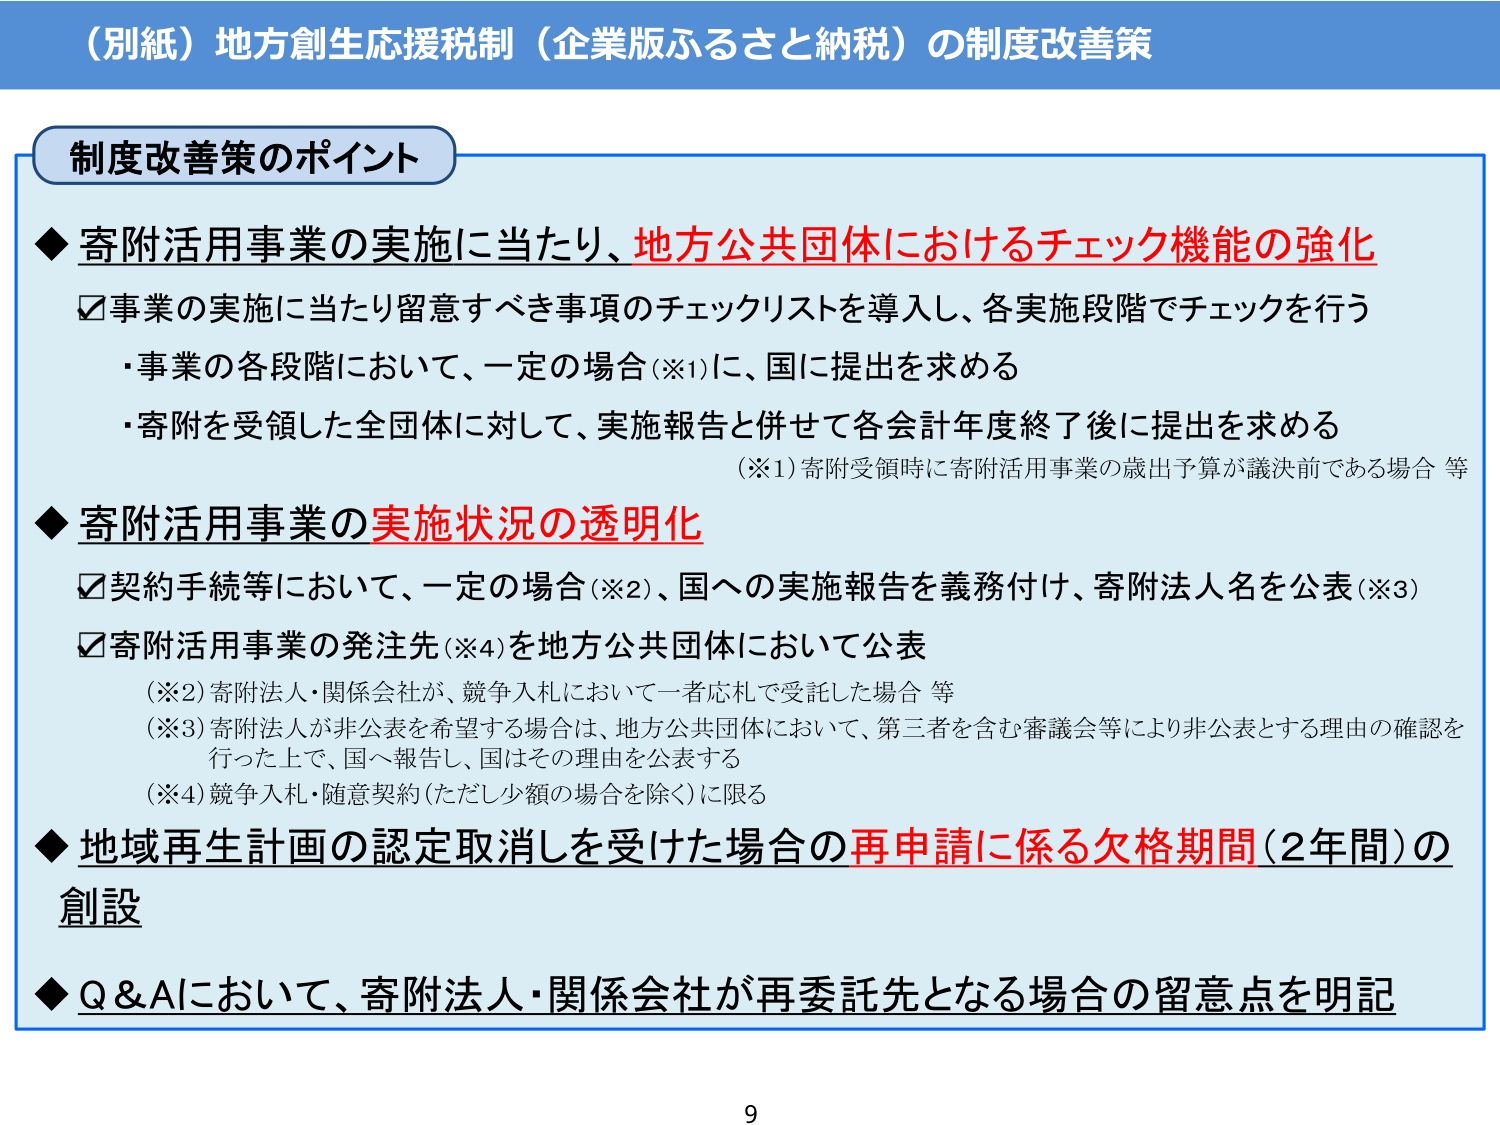
（別紙）地方創生応援税制（企業版ふるさと納税）の制度改善策

制度改善策のポイント

◆ 寄附活用事業の実施に当たり、地方公共団体におけるチェック機能の強化
☑ 事業の実施に当たり留意すべき事項のチェックリストを導入し、各実施段階でチェックを行う
・事業の各段階において、一定の場合（※1）に、国に提出を求める
・寄附を受領した全団体に対して、実施報告と併せて各会計年度終了後に提出を求める
（※1）寄附受領時に寄附活用事業の歳出予算が議決前である場合 等

◆ 寄附活用事業の実施状況の透明化
☑ 契約手続等において、一定の場合（※2）、国への実施報告を義務付け、寄附法人名を公表（※3）
☑ 寄附活用事業の発注先（※4）を地方公共団体において公表
（※2）寄附法人・関係会社が、競争入札において一者応札で受託した場合 等
（※3）寄附法人が非公表を希望する場合は、地方公共団体において、第三者を含む審議会等により非公表とする理由の確認を行った上で、国へ報告し、国はその理由を公表する
（※4）競争入札・随意契約（ただし少額の場合を除く）に限る

◆ 地域再生計画の認定取消しを受けた場合の再申請に係る欠格期間（2年間）の創設

◆ Q&Aにおいて、寄附法人・関係会社が再委託先となる場合の留意点を明記

9